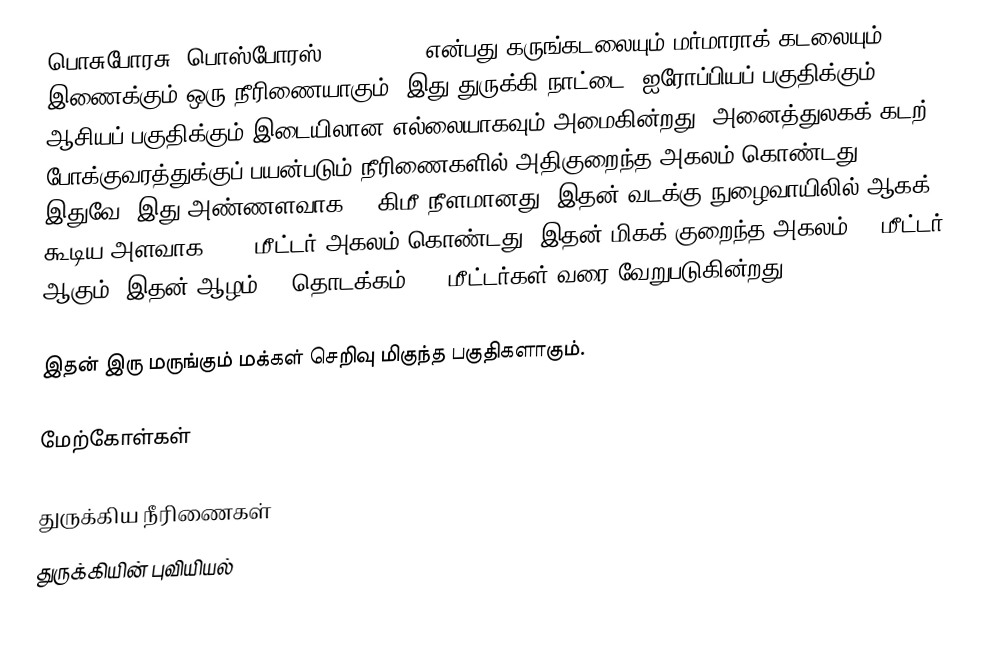
பொசுபோரசு (பொஸ்போரஸ், Bosporus) என்பது கருங்கடலையும் மர்மாராக் கடலையும் இணைக்கும் ஒரு நீரிணையாகும். இது துருக்கி நாட்டை, ஐரோப்பியப் பகுதிக்கும், ஆசியப் பகுதிக்கும் இடையிலான எல்லையாகவும் அமைகின்றது. அனைத்துலகக் கடற் போக்குவரத்துக்குப் பயன்படும் நீரிணைகளில் அதிகுறைந்த அகலம் கொண்டது இதுவே. இது அண்ணளவாக 30 கிமீ நீளமானது. இதன் வடக்கு நுழைவாயிலில் ஆகக் கூடிய அளவாக 3700 மீட்டர் அகலம் கொண்டது. இதன் மிகக் குறைந்த அகலம் 700மீட்டர் ஆகும். இதன் ஆழம் 36 தொடக்கம் 124 மீட்டர்கள் வரை வேறுபடுகின்றது.

இதன் இரு மருங்கும் மக்கள் செறிவு மிகுந்த பகுதிகளாகும்.

மேற்கோள்கள்

துருக்கிய நீரிணைகள்
துருக்கியின் புவியியல்